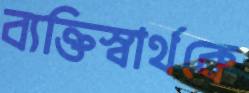
ব্যক্তিস্বার্থকে